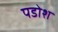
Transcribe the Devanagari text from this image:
पडोश